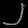
Digit: ၂